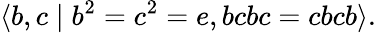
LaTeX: \langle b,c\mid b^{2}=c^{2}=e,bcbc=cbcb\rangle.